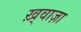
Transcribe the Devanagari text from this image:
ख़्वाज़ा